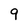
Character: 9